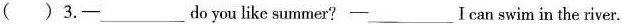
( )3.-___do you like summer?─___ I can swim in the river.